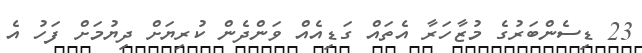
23 ޑިސެންބަރުގެ މުޒާހަރާ އެތައް ގަޑިއެއް ވަންދެން ކުރިޔަށް ދިޔުމަށް ފަހު އެ